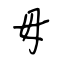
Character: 毋